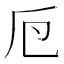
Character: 𠂘